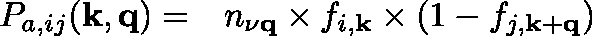
\begin{array} { r l } { P _ { a , i j } ( \mathbf { k , q } ) = } & { { } n _ { \mathbf { \nu \mathbf { q } } } \times f _ { i , \mathbf { k } } \times ( 1 - f _ { j , \mathbf { k + q } } ) } \end{array}